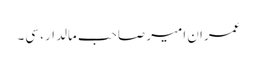
عمران امیر صاحب مالدار، سی۔